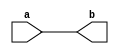

module assigns(input a, output b);

wire [1:0] c;
assign b = c[0];
assign c[0] = a;
assign c[1] = a;

endmodule